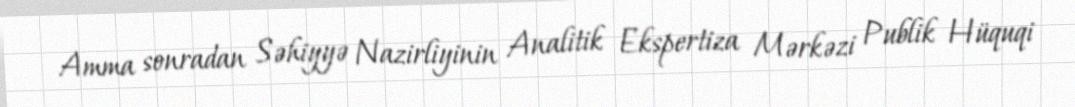
Amma sonradan Səhiyyə Nazirliyinin Analitik Ekspertiza Mərkəzi Publik Hüquqi